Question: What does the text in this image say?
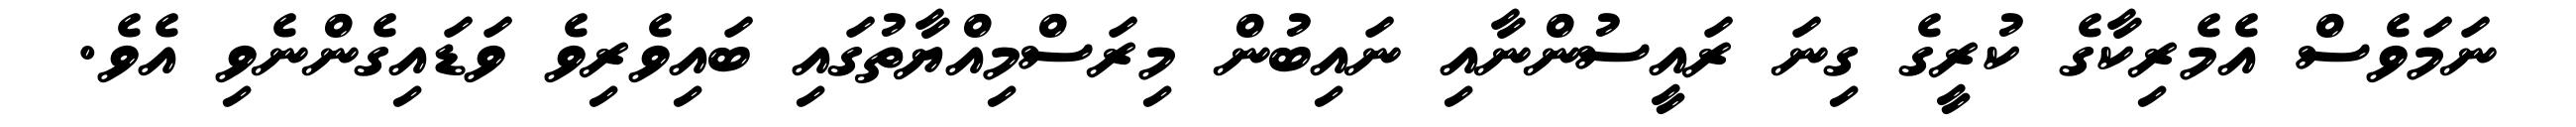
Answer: ނަމަވެސް އެމެރިކާގެ ކުރީގެ ގިނަ ރައީސުންނާއި ނައިބުން މިރަސްމިއްޔާތުގައި ބައިވެރިވެ ވަޑައިގެންނެވި އެވެ.